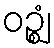
ဝဉ္ဈံ